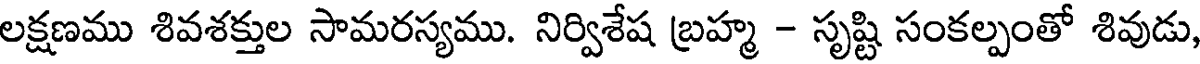
లక్షణము శివశక్తుల సామరస్యము. నిర్విశేష బ్రహ్మ - సృష్టి సంకల్పంతో శివుడు,